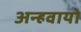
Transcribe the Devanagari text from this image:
अन्‍हवायो